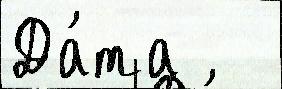
Да́та